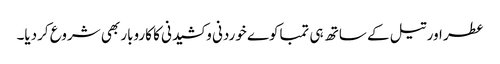
عطر اور تیل کے ساتھ ہی تمباکوے خوردنی و کشیدنی کا کاروبار بھی شروع کردیا۔